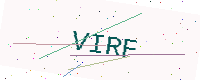
Text: VIRF